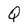
Character: Q